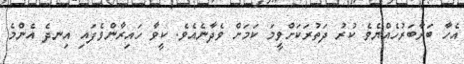
އެހާ ބަރާބަރުހެއްޔެވެ ކުރު ދަތުރަކަށްވީމަ ކަމަށް ވެދާނެއެވެ. ކީވާ ހައިރާންވެފައި އިނދެ އެންމެ